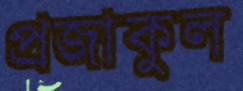
প্রজাকুল